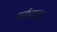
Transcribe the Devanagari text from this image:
कर्कटका